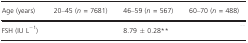
<table><thead><tr><td><b>Age (years)</b></td><td><b>20–45 (<i>n = </i>7681)</b></td><td><b>46–59 (<i>n = </i>567)</b></td><td><b>60–70 (<i>n = </i>488)</b></td></tr></thead><tbody><tr><td>FSH (IU L<sup>−1</sup>)</td><td>[EMPTY_CELL]</td><td>8.79 ± 0.28**</td><td>[EMPTY_CELL]</td></tr></tbody></table>